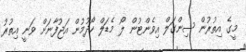
މީގެ އިތުރުން ސިންގަލް އިވެންޓުން ލޯ މެޑަލް ހޯދުމުން އަޖުފާނަށް ވަނީ އިތުރު